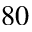
8 0